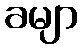
ခမျာ